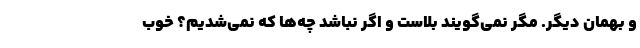
و بهمان دیگر. مگر نمی‌گویند بلاست و اگر نباشد چه‌ها که نمی‌شدیم؟ خوب